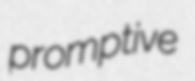
promptive